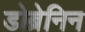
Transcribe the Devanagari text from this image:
डोब्रेनिन